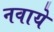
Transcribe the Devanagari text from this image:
नवाये